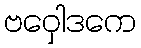
ဗဝှေါဒကေ